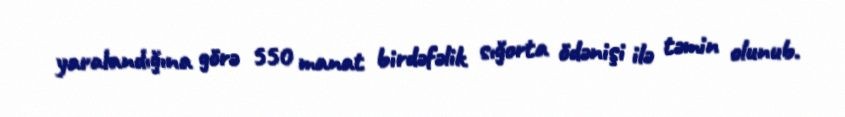
yaralandığına görə 550 manat birdəfəlik sığorta ödənişi ilə təmin olunub.